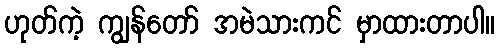
ဟုတ်ကဲ့ ကျွန်တော် အမဲသားကင် မှာထားတာပါ။